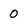
Character: 0